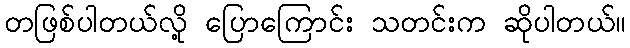
တဖြစ်ပါတယ်လို့ ပြောကြောင်း သတင်းက ဆိုပါတယ်။